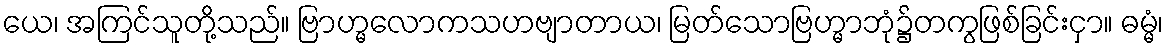
ယေ၊ အကြင်သူတို့သည်။ ဗြာဟ္မလောကသဟဗျာတာယ၊ မြတ်သောဗြဟ္မာဘုံ၌တကွဖြစ်ခြင်းငှာ။ ဓမ္မံ၊